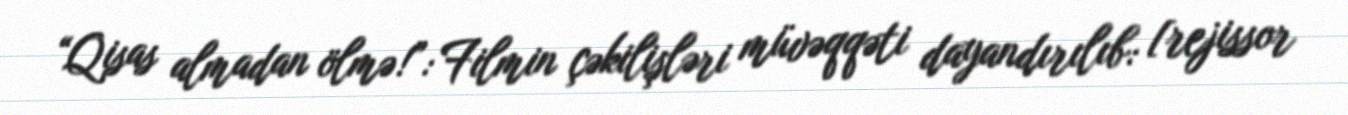
“Qisas almadan ölmə!”: Filmin çəkilişləri müvəqqəti dayandırılıb: [rejissor